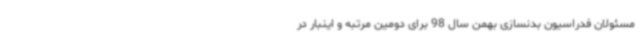
مسئولان فدراسیون بدنسازی بهمن سال 98 برای دومین مرتبه و اینبار در